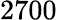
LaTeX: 2700